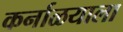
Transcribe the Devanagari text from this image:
कर्नाळयाला